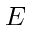
E